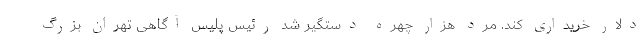
دلار خریداری کند. مرد هزار چهره دستگیر شد رئیس پلیس آگاهی تهران بزرگ